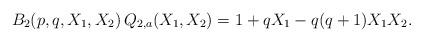
LaTeX: \begin{align*} B_2(p,q,X_1,X_2)\,Q_{2,a}(X_1,X_2)=1+qX_1-q(q+1)X_1X_2.\end{align*}